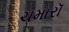
ચમારૉ